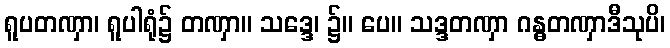
ရူပတဏှာ၊ ရူပါရုံ၌ တဏှာ။ သဒ္ဒေ၊ ၌။ ပေ။ သဒ္ဒတဏှာ ဂန္ဓတဏှာဒီသုပိ၊